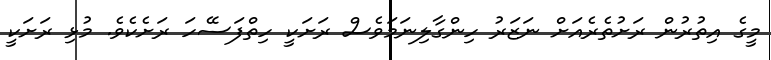
މީގެ އިތުރުން ރަށުތެރެއަށް ނަޒަރު ހިންގާލިނަމަވެސް ރަށަކީ ހިތްފަސޭހަ ރަށެކެވެ. މުޅި ރަށަކީ